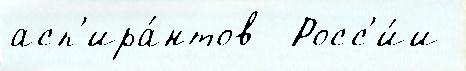
асп'ира́нтов  Росс'и́и